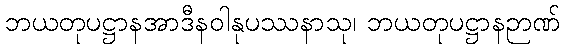
ဘယတုပဋ္ဌာနအာဒီနဝါနုပဿနာသု၊ ဘယတုပဋ္ဌာနဉာဏ်